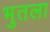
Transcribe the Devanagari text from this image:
भुतला